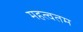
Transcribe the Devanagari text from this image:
महत्वतम